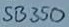
Text: SB350